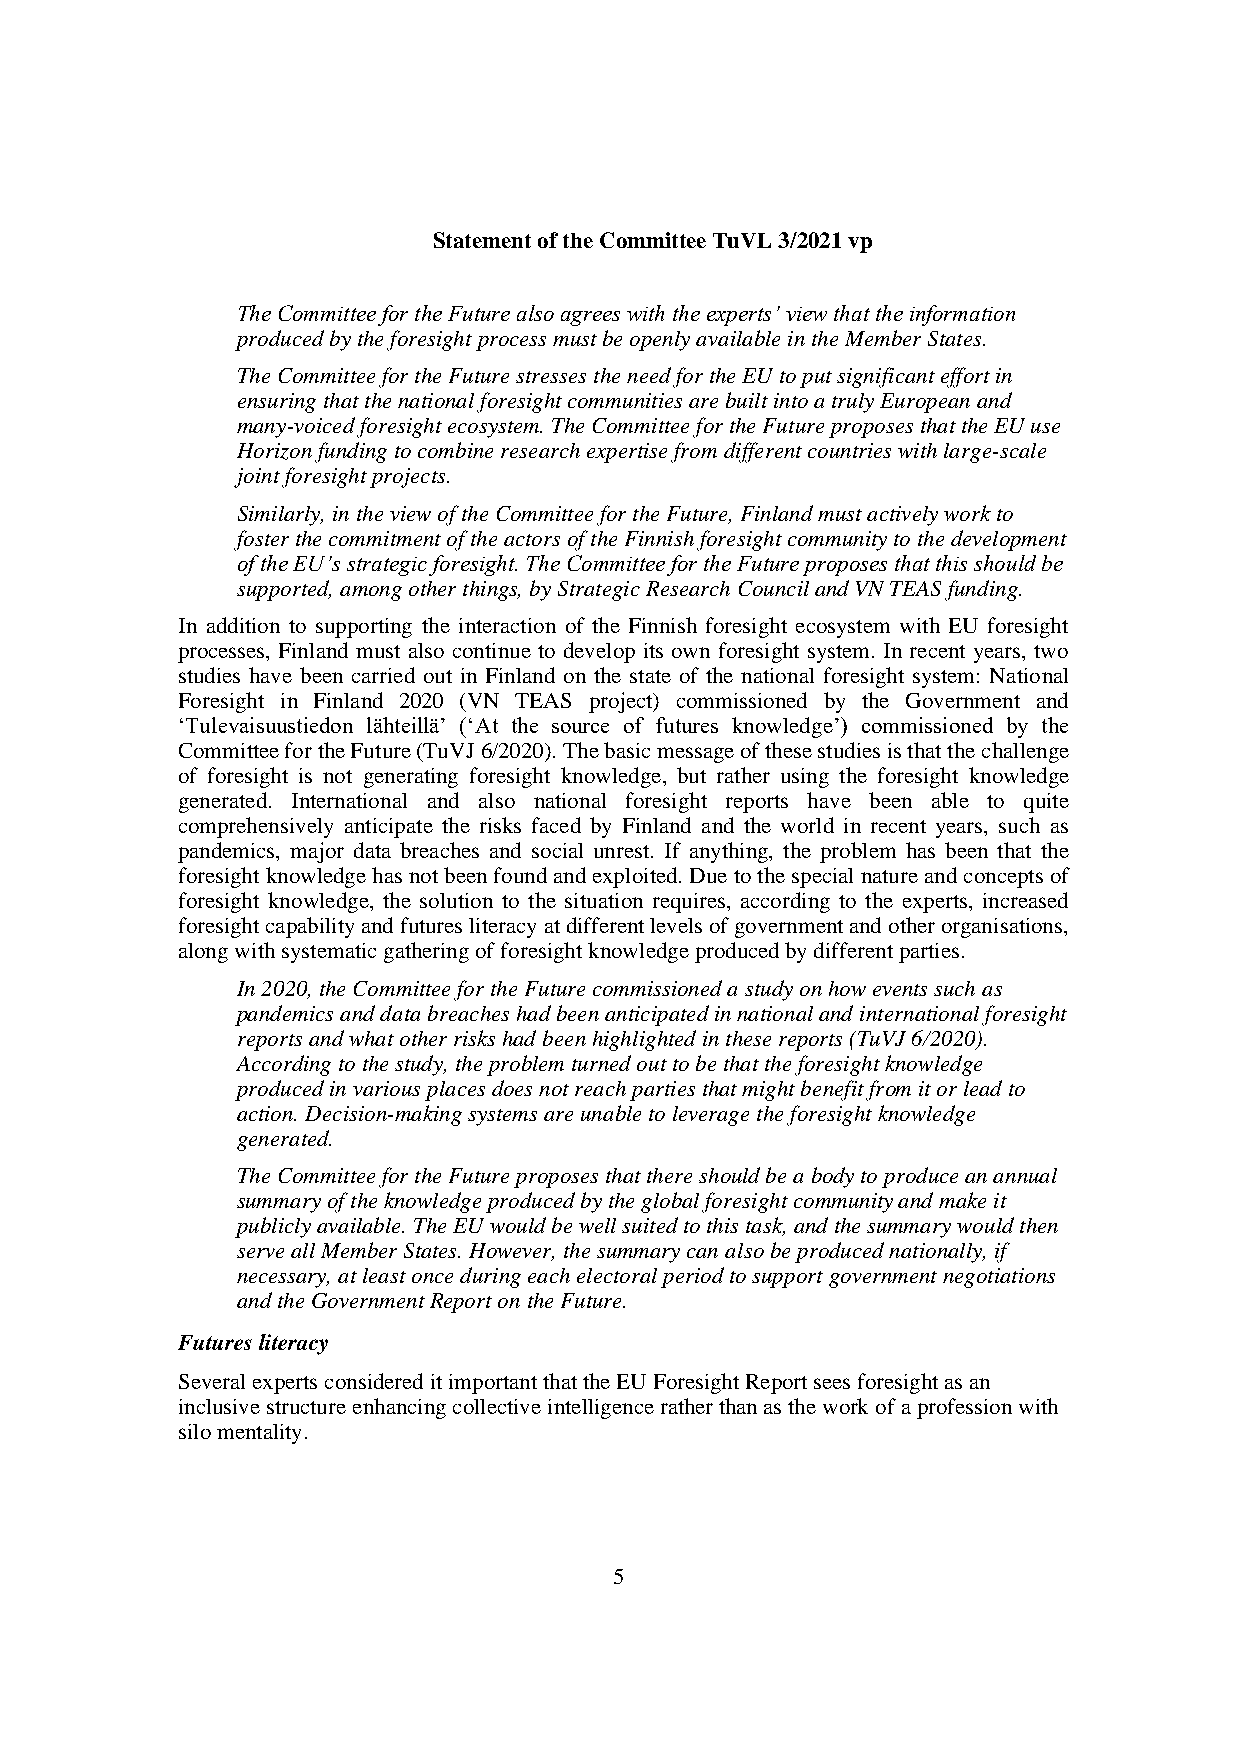
Statement of the Committee TuVL 3/2021 vp
 The Committee for the Future also agrees with the experts’ view that the information
 produced by the foresight process must be openly available in the Member States.
 The Committee for the Future stresses the need for the EU to put significant effort in
 ensuring that the national foresight communities are built into a truly European and
 many-voiced foresight ecosystem. The Committee for the Future proposes that the EU use
 Horizon funding to combine research expertise from different countries with large-scale
 joint foresight projects.
 Similarly, in the view of the Committee for the Future, Finland must actively work to
 foster the commitment of the actors of the Finnish foresight community to the development
 of the EU’s strategic foresight. The Committee for the Future proposes that this should be
 supported, among other things, by Strategic Research Council and VN TEAS funding.
 In addition to supporting the interaction of the Finnish foresight ecosystem with EU foresight
 processes, Finland must also continue to develop its own foresight system. In recent years, two
 studies have been carried out in Finland on the state of the national foresight system: National
 Foresight in Finland 2020 (VN TEAS project) commissioned by the Government and
 ‘Tulevaisuustiedon lähteillä’ (‘At the source of futures knowledge’) commissioned by the
 Committee for the Future (TuVJ 6/2020). The basic message of these studies is that the challenge
 of foresight is not generating foresight knowledge, but rather using the foresight knowledge
 generated. International and also national foresight reports have been able to quite
 comprehensively anticipate the risks faced by Finland and the world in recent years, such as
 pandemics, major data breaches and social unrest. If anything, the problem has been that the
 foresight knowledge has not been found and exploited. Due to the special nature and concepts of
 foresight knowledge, the solution to the situation requires, according to the experts, increased
 foresight capability and futures literacy at different levels of government and other organisations,
 along with systematic gathering of foresight knowledge produced by different parties.
 In 2020, the Committee for the Future commissioned a study on how events such as
 pandemics and data breaches had been anticipated in national and international foresight
 reports and what other risks had been highlighted in these reports (TuVJ 6/2020).
 According to the study, the problem turned out to be that the foresight knowledge
 produced in various places does not reach parties that might benefit from it or lead to
 action. Decision-making systems are unable to leverage the foresight knowledge
 generated.
 The Committee for the Future proposes that there should be a body to produce an annual
 summary of the knowledge produced by the global foresight community and make it
 publicly available. The EU would be well suited to this task, and the summary would then
 serve all Member States. However, the summary can also be produced nationally, if
 necessary, at least once during each electoral period to support government negotiations
 and the Government Report on the Future.
 Futures literacy
 Several experts considered it important that the EU Foresight Report sees foresight as an
 inclusive structure enhancing collective intelligence rather than as the work of a profession with
 silo mentality.
 5